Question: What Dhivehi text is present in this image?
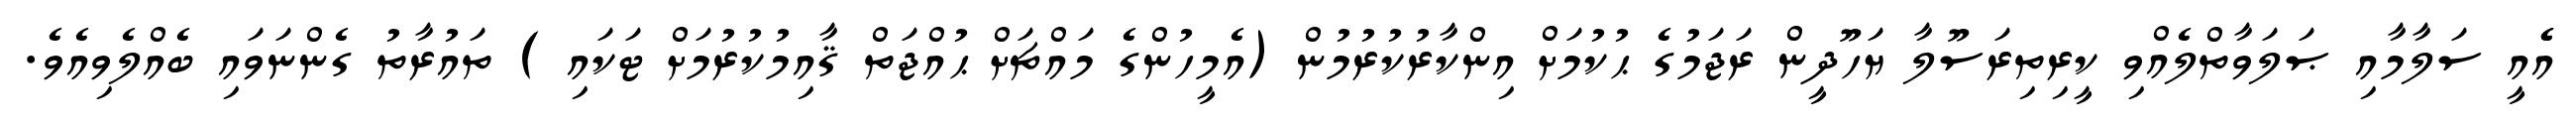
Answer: އެެއީ ސަލާމާއި ޞަލަވާތްލެއްވި ކީރިތިރަސޫލާ ޔަހޫދީން ރަޖަމުގެ ޙުކުމަށް އިންކާރުކުރުމުން (އެމީހުންގެ މައްޗަށް ޙުއްޖަތް ޤާއިމުކުރުމަށް ޓަކައި ) ތައުރާތު ގެންނަވައި ބެއްލެވިއެވެ.